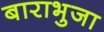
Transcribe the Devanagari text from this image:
बाराभुजा